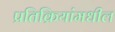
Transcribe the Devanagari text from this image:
प्रतिक्रियांमधील